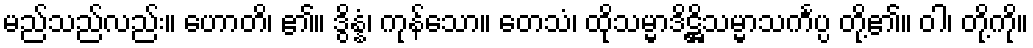
မည်သည်လည်း။ ဟောတိ၊ ၏။ ဒွိန္နံ၊ ကုန်သော။ တေသံ၊ ထိုသမ္မာဒိဋ္ဌိသမ္မာသင်္ကပ္ပ တို့၏။ ဝါ၊ တို့ကို။